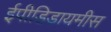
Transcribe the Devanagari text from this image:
ईपीडिडायमीस